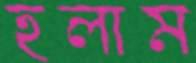
হলাম